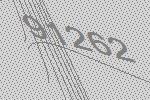
91262